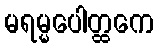
မရမ္မပေါတ္ထကေ